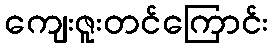
ကျေးဇူးတင်ကြောင်း